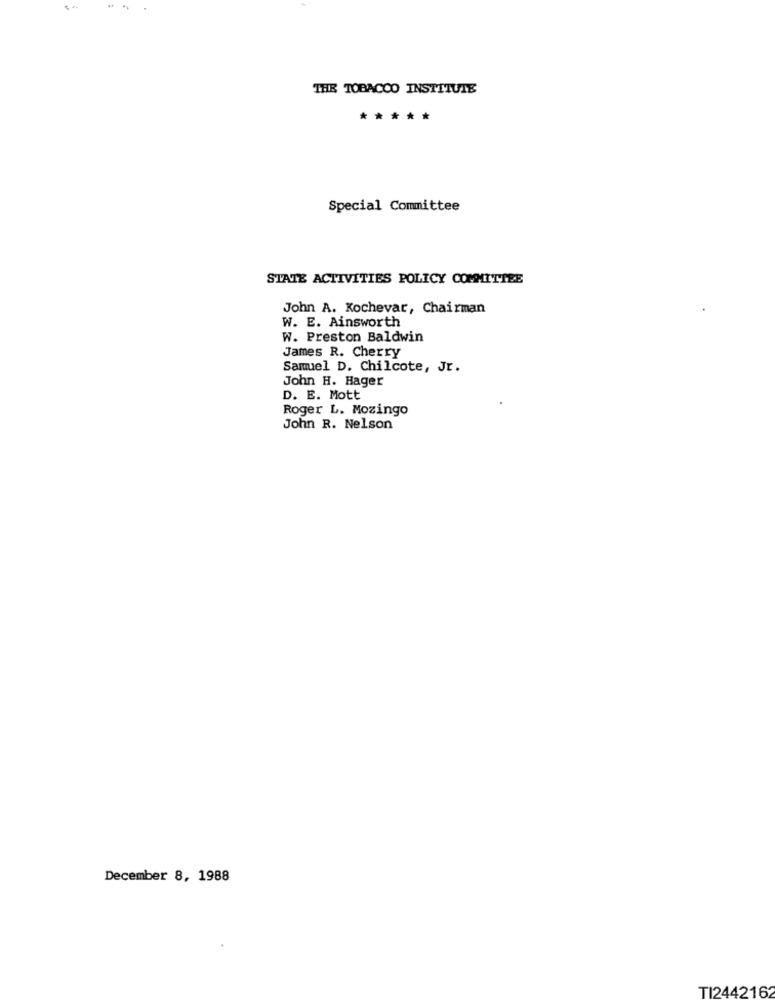
THE TOBACCO INSTITUTE
*****
Special Committee
STATE ACTIVITIES POLICY COMMITTEE
John A. Kochevar, Chairman
W. E. Ainsworth
W. Preston Baldwin
James R. Cherry
Samuel D. Chilcote, Jr.
John H. Hager
D. E. Mott
Roger L. Mozingo
John R. Nelson
December 8, 1988
TI2442162